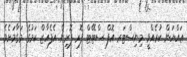
ޢައްޔަން ކުރެއްވީ މިނިސްޓަރ އޮފް ސްޓޭޓް ފޮރ ފޮރިން އެފެއާޒް ކަމުގެ މަގާމަށެވެ.